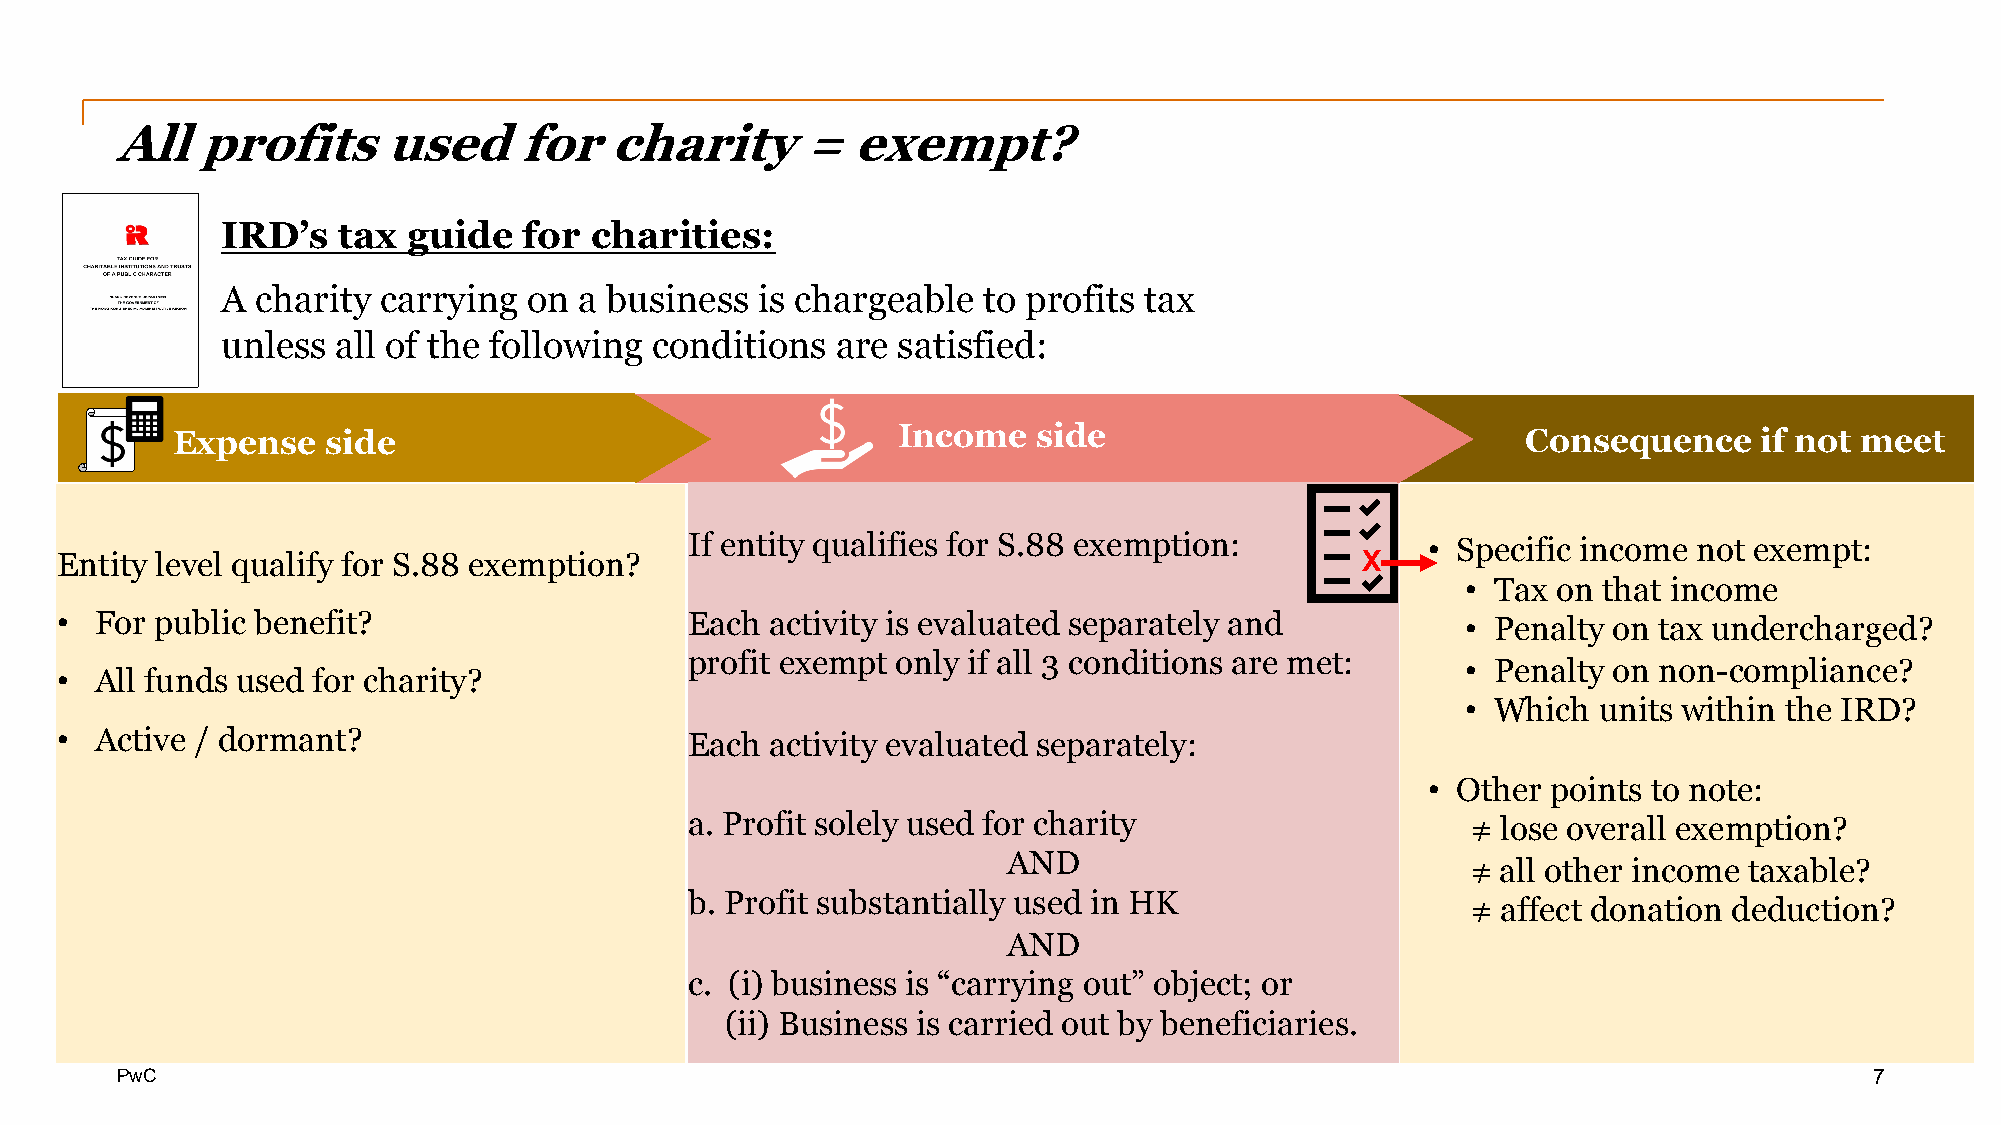
All   profits     used     for   charity      =  exempt?
 IRD’s  tax  guide   for charities:
 Income     side
 A charity carrying  on a business  is chargeable  to profits tax
 unless all of the following conditions  are satisfied:
 Expense    side                                 Income    side                            Consequence     if not meet
 If entity qualifies for S.88 exemption:          • Specific income not exempt:
 Entity level qualify for S.88 exemption?                                              X
 • Tax on that income
 • For public benefit?                     Each activity is evaluated separately and          • Penalty on tax undercharged?
 profit exempt only if all 3 conditions are met:
 • Penalty on non-compliance?
 • All funds used for charity?
 • Which  units within the IRD?
 • Active / dormant?                       Each activity evaluated separately:
 • Other  points to note:
 a. Profit solely used for charity                  ≠ lose overall exemption?
 AND
 ≠ all other income taxable?
 b. Profit substantially used in HK
 ≠ affect donation deduction?
 AND
 c. (i) business is “carrying out” object; or
 (ii) Business is carried out by beneficiaries.
 PwC                                                                                                                 7